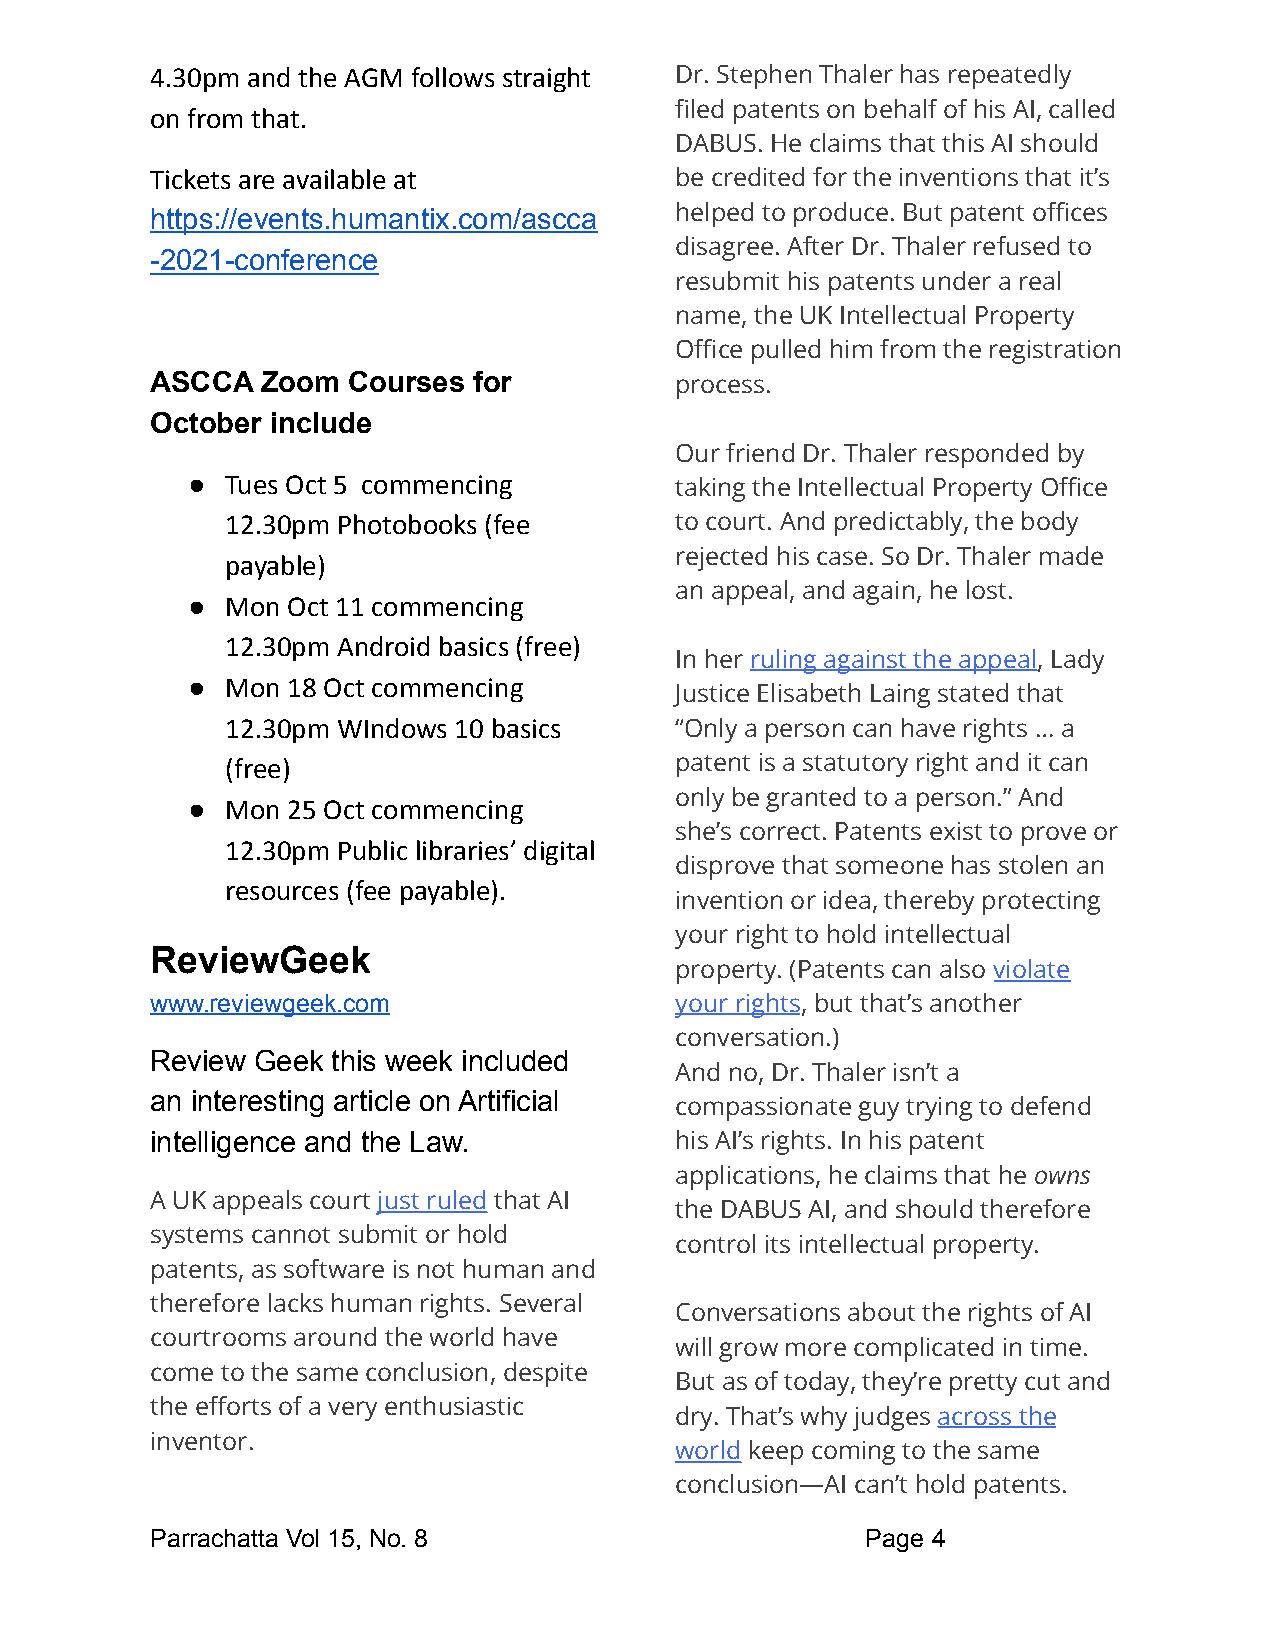
4.30pm and the AGM follows straight Dr. Stephen Thaler has repeatedly
 on from that.                      filed patents on behalf of his AI, called
 DABUS. He claims that this AI should
 Tickets are available at           be credited for the inventions that it’s
 https://events.humantix.com/ascca  helped to produce. But patent offices
 disagree. After Dr. Thaler refused to
 -2021-conference
 resubmit his patents under a real
 name, the UK Intellectual Property
 Office pulled him from the registration
 ASCCA  Zoom  Courses for           process.
 October include
 Our friend Dr. Thaler responded by
 ●  Tues Oct 5 commencing
 taking the Intellectual Property Office
 12.30pm Photobooks (fee       to court. And predictably, the body
 payable)                      rejected his case. So Dr. Thaler made
 an appeal, and again, he lost.
 ●  Mon Oct 11 commencing
 12.30pm Android basics (free)
 In her ruling against the appeal, Lady
 ●  Mon 18 Oct commencing
 Justice Elisabeth Laing stated that
 12.30pm WIndows 10 basics     “Only a person can have rights … a
 (free)                        patent is a statutory right and it can
 only be granted to a person.” And
 ●  Mon 25 Oct commencing
 she’s correct. Patents exist to prove or
 12.30pm Public libraries’ digital
 disprove that someone has stolen an
 resources (fee payable).
 invention or idea, thereby protecting
 your right to hold intellectual
 ReviewGeek
 property. (Patents can also violate
 www.reviewgeek.com                 your rights, but that’s another
 conversation.)
 Review Geek this week included
 And no, Dr. Thaler isn’t a
 an interesting article on Artificial
 compassionate guy trying to defend
 intelligence and the Law.          his AI’s rights. In his patent
 applications, he claims that he owns
 A UK appeals court just ruled that AI
 the DABUS AI, and should therefore
 systems cannot submit or hold
 control its intellectual property.
 patents, as software is not human and
 therefore lacks human rights. Several
 Conversations about the rights of AI
 courtrooms around the world have
 will grow more complicated in time.
 come to the same conclusion, despite
 But as of today, they’re pretty cut and
 the efforts of a very enthusiastic
 dry. That’s why judges across the
 inventor.
 world keep coming to the same
 conclusion—AI can’t hold patents.
 Parrachatta Vol 15, No. 8                      Page 4